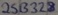
Text: 2SB328